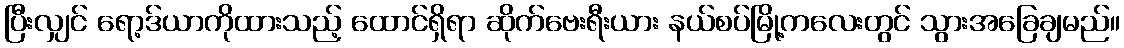
ပြီးလျှင် ရော့ဒ်ယာကိုထားသည့် ထောင်ရှိရာ ဆိုက်ဗေးရီးယား နယ်စပ်မြို့ကလေးတွင် သွားအခြေချမည်။